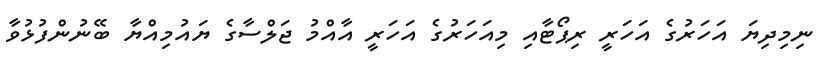
ނިމިދިޔަ އަހަރުގެ އަހަރީ ރިޕޯޓާއި މިއަހަރުގެ އަހަރީ އާއްމު ޖަލްސާގެ ޔައުމިއްޔާ ބޭނުންފުޅުވާ